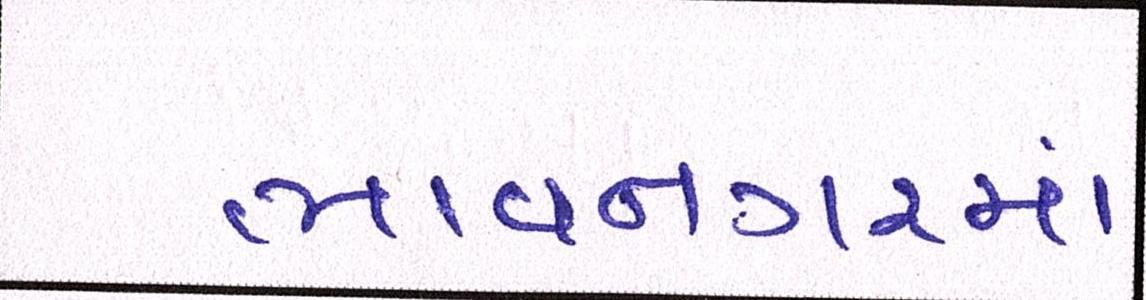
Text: ભાવનગરમાં